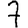
Digit: 7